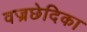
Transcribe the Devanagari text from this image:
वज्रछेदिका